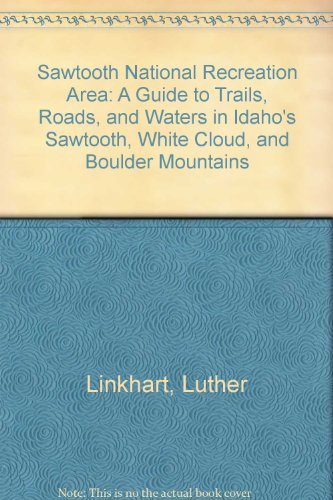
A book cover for Sawtooth National Recreation Area: A Guide to Trails, Roads, and Waters in Idaho's Sawtooth, White Cloud, and Boulder Mountains; Luther Linkhart; Travel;